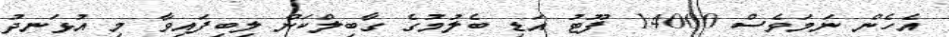
އެހެން ނަމަވެސް 14000 ފޫޓު އަޑި ބެލުމުގެ ގާބިލްކަން ލިބިފައިވާ މި އުޅަނދު